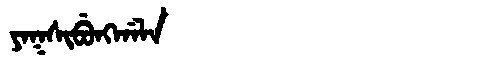
Manchu: ᠶᠠᡴᠰᡳᠪᡠᠩᡤᠠᠯᠠ
Romanization: YAKSIBUNGGALA